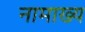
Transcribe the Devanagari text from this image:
नामाख्य